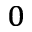
_ 0